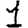
Digit: 1